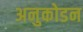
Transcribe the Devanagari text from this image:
अनुकोडन